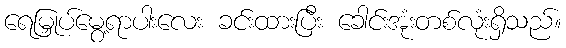
ရေမြှုပ်မွေ့ရာပါးလေး ခင်းထားပြီး ခေါင်းအုံးတစ်လုံးရှိသည်။